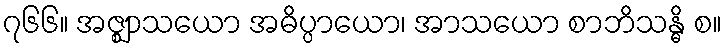
၇၆၆။ အဇ္ဈာသယော အဓိပ္ပာယော၊ အာသယော စာဘိသန္ဓိ စ။